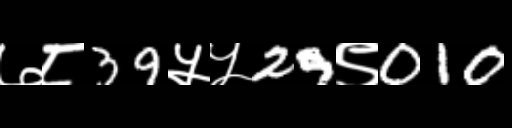
Text: ७८39५५29९010